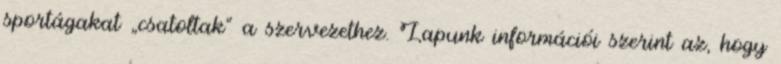
sportágakat „csatoltak” a szervezethez. Lapunk információi szerint az, hogy